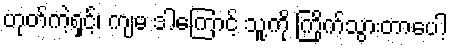
ဟုတ်ကဲ့ရှင့်၊ ကျမ ဒါကြောင့် သူ့ကို ကြိုက်သွားတာပေါ့